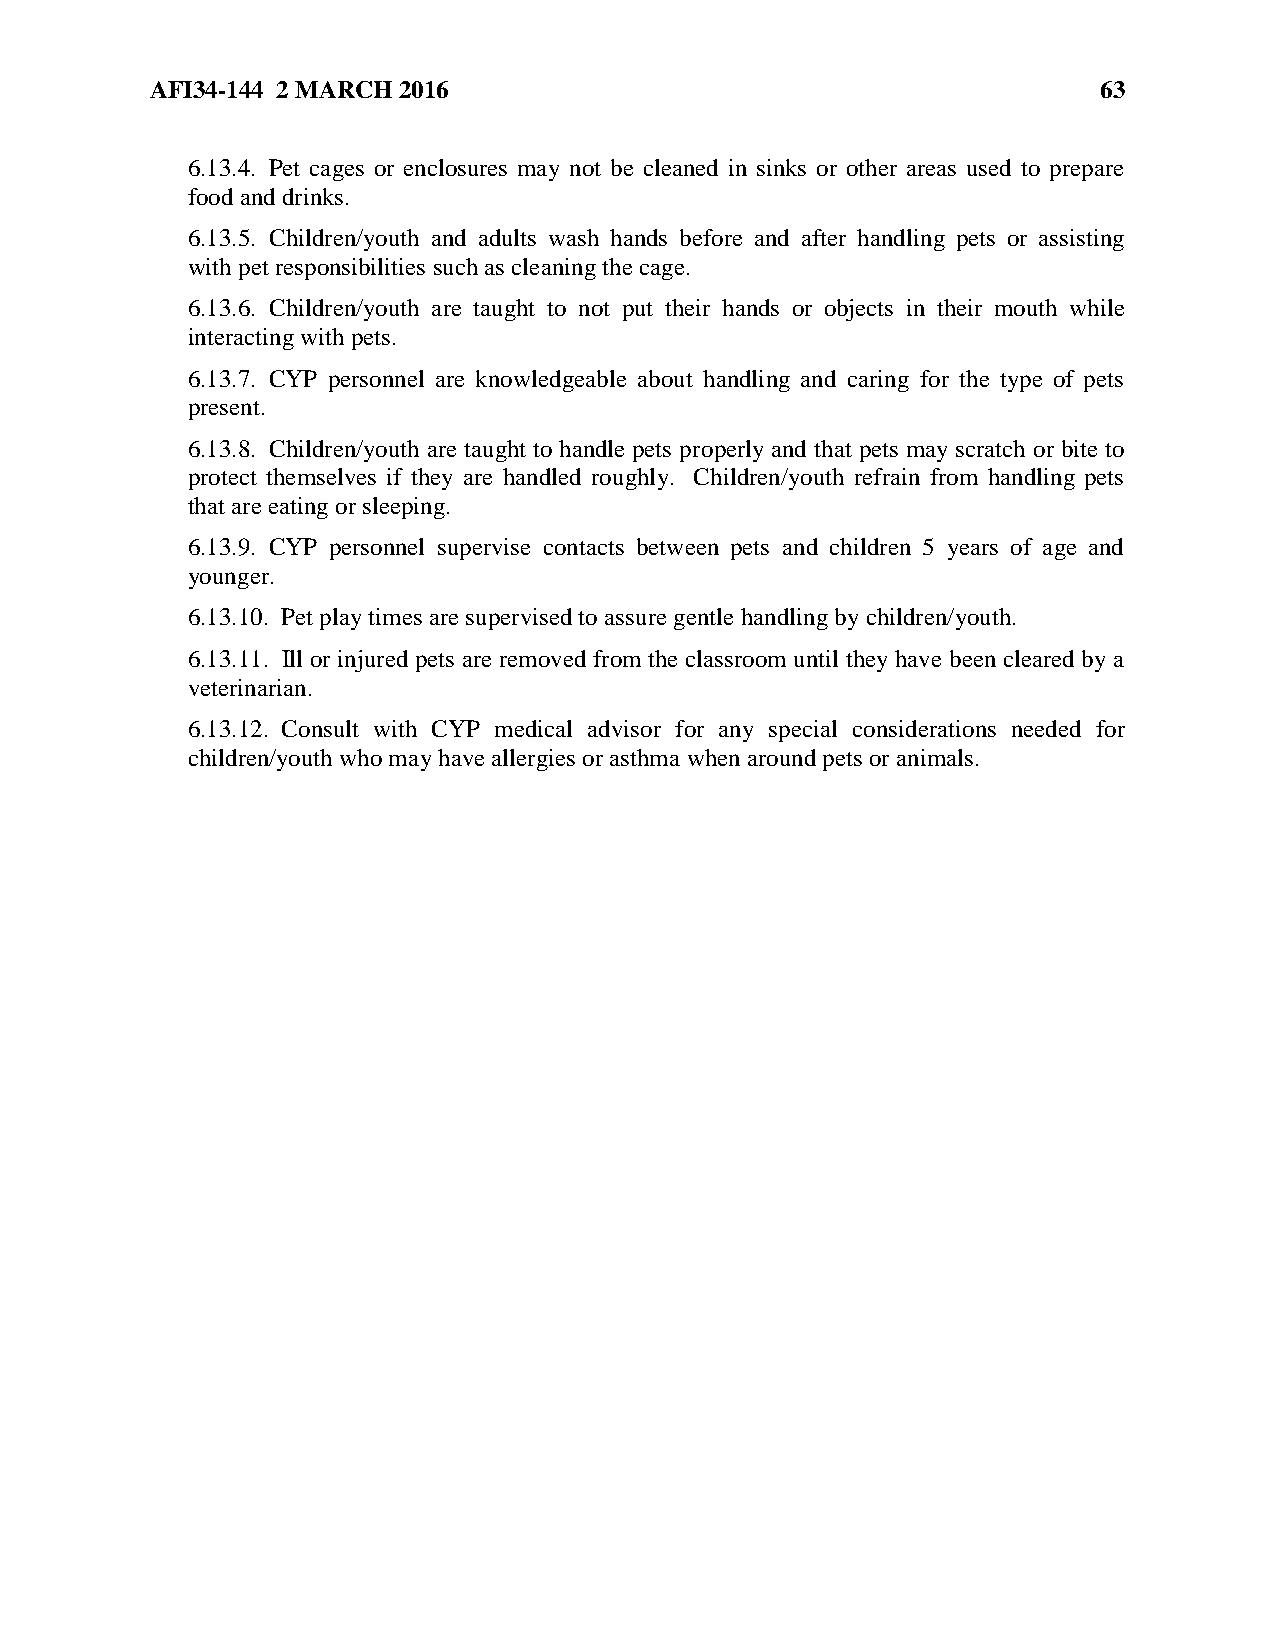
AFI34-144 2 MARCH 2016                                         63
 6.13.4. Pet cages or enclosures may not be cleaned in sinks or other areas used to prepare
 food and drinks.
 6.13.5. Children/youth and adults wash hands before and after handling pets or assisting
 with pet responsibilities such as cleaning the cage.
 6.13.6. Children/youth are taught to not put their hands or objects in their mouth while
 interacting with pets.
 6.13.7. CYP personnel are knowledgeable about handling and caring for the type of pets
 present.
 6.13.8. Children/youth are taught to handle pets properly and that pets may scratch or bite to
 protect themselves if they are handled roughly. Children/youth refrain from handling pets
 that are eating or sleeping.
 6.13.9. CYP personnel supervise contacts between pets and children 5 years of age and
 younger.
 6.13.10. Pet play times are supervised to assure gentle handling by children/youth.
 6.13.11. Ill or injured pets are removed from the classroom until they have been cleared by a
 veterinarian.
 6.13.12. Consult with CYP medical advisor for any special considerations needed for
 children/youth who may have allergies or asthma when around pets or animals.